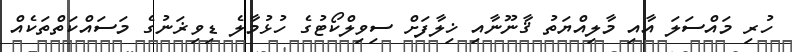
ހުރި މައްސަލަ އާއި މާލިއްޔަތު ޤާނޫނާއި ޚިލާފަށް ސިވިލްކޯޓުގެ ހުޅުމާލެ ޑިވިޜަނުގެ މަސައްކަތްތަކެއް